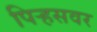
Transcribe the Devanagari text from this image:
पिर्‍हसवर